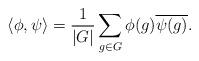
LaTeX: \begin{align*}\langle \phi,\psi \rangle = \frac{1}{|G|} \sum_{g\in G} \phi(g) \overline{\psi(g)}.\end{align*}